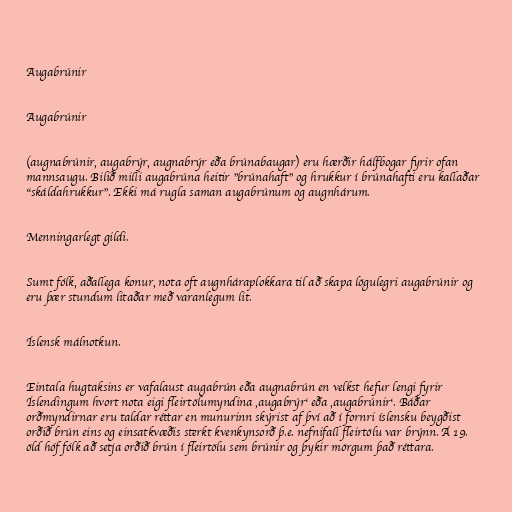
Augabrúnir

Augabrúnir

(augnabrúnir, augabrýr, augnabrýr eða brúnabaugar) eru hærðir hálfbogar fyrir ofan
mannsaugu. Bilið milli augabrúna heitir "brúnahaft" og hrukkur í brúnahafti eru kallaðar
"skáldahrukkur". Ekki má rugla saman augabrúnum og augnhárum.

Menningarlegt gildi.

Sumt fólk, aðallega konur, nota oft augnháraplokkara til að skapa lögulegri augabrúnir og
eru þær stundum litaðar með varanlegum lit.

Íslensk málnotkun.

Eintala hugtaksins er vafalaust augabrún eða augnabrún en velkst hefur lengi fyrir
Íslendingum hvort nota eigi fleirtölumyndina ‚augabrýr‘ eða ‚augabrúnir‘. Báðar
orðmyndirnar eru taldar réttar en munurinn skýrist af því að í fornri íslensku beygðist
orðið brún eins og einsatkvæðis sterkt kvenkynsorð þ.e. nefnifall fleirtölu var brýnn. Á 19.
öld hóf fólk að setja orðið brún í fleirtölu sem brúnir og þykir mörgum það réttara.